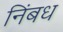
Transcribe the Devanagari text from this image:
निंबध